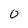
Character: 0